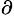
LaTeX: ^\partial